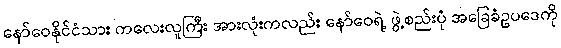
နော်ဝေနိုင်ငံသား ကလေးလူကြီး အားလုံးကလည်း နော်ဝေရဲ့ ဖွဲ့စည်းပုံ အခြေခံဥပဒေကို